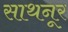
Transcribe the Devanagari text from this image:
साथनूर